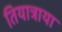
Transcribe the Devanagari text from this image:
तियात्राया